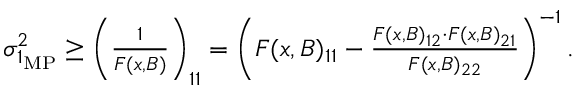
\begin{array} { r } { \sigma _ { 1 _ { \mathrm { M P } } } ^ { 2 } \geq \left( \frac { 1 } { F ( x , B ) } \right) _ { 1 1 } = \left( F ( x , B ) _ { 1 1 } - \frac { F ( x , B ) _ { 1 2 } \cdot F ( x , B ) _ { 2 1 } } { F ( x , B ) _ { 2 2 } } \right) ^ { - 1 } . } \end{array}